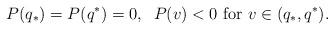
LaTeX: \begin{align*}P(q_*)=P(q^*)=0,\;\; P(v)<0 \mbox{ for } v\in (q_*, q^*).\end{align*}